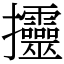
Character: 𢺰